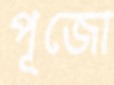
পূজো